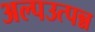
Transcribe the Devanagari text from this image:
अल्पउत्पन्न